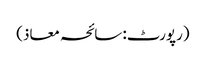
(رپورٹ: سائحہ معاذ)